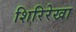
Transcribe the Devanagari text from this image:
शिरिरेखा